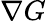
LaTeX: \nabla G